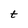
Character: t